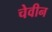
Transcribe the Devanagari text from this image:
चेवीन